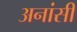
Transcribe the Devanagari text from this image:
अनांसी